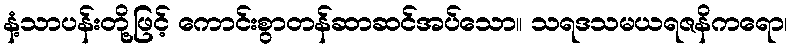
နံ့သာပန်းတို့ဖြင့် ကောင်းစွာတန်ဆာဆင်အပ်သော။ သရဒသမယရဇနိကရော၊